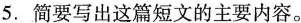
5.简要写出这篇短文的主要内容。